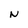
Character: N